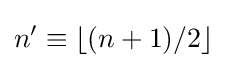
n'\equiv \lfloor (n+1)/2\rfloor